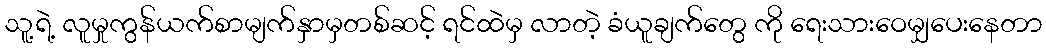
သူ့ရဲ့ လူမှုကွန်ယက်စာမျက်နှာမှတစ်ဆင့် ရင်ထဲမှ လာတဲ့ ခံယူချက်တွေ ကို ရေးသားဝေမျှပေးနေတာ